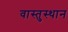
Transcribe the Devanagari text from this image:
वास्तुस्थान